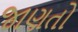
જાણતો